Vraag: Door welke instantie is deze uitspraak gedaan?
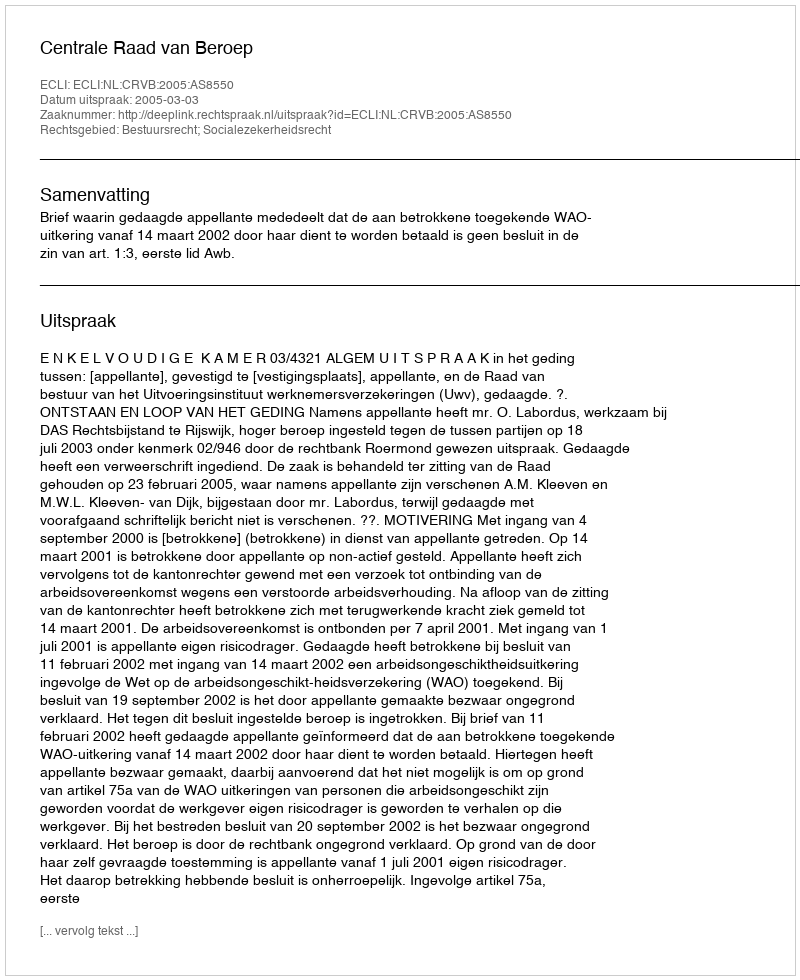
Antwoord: Centrale Raad van Beroep